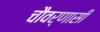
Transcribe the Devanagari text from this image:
चौवर्णासी